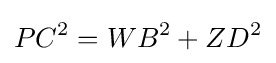
PC^{2}=WB^{2}+ZD^{2}